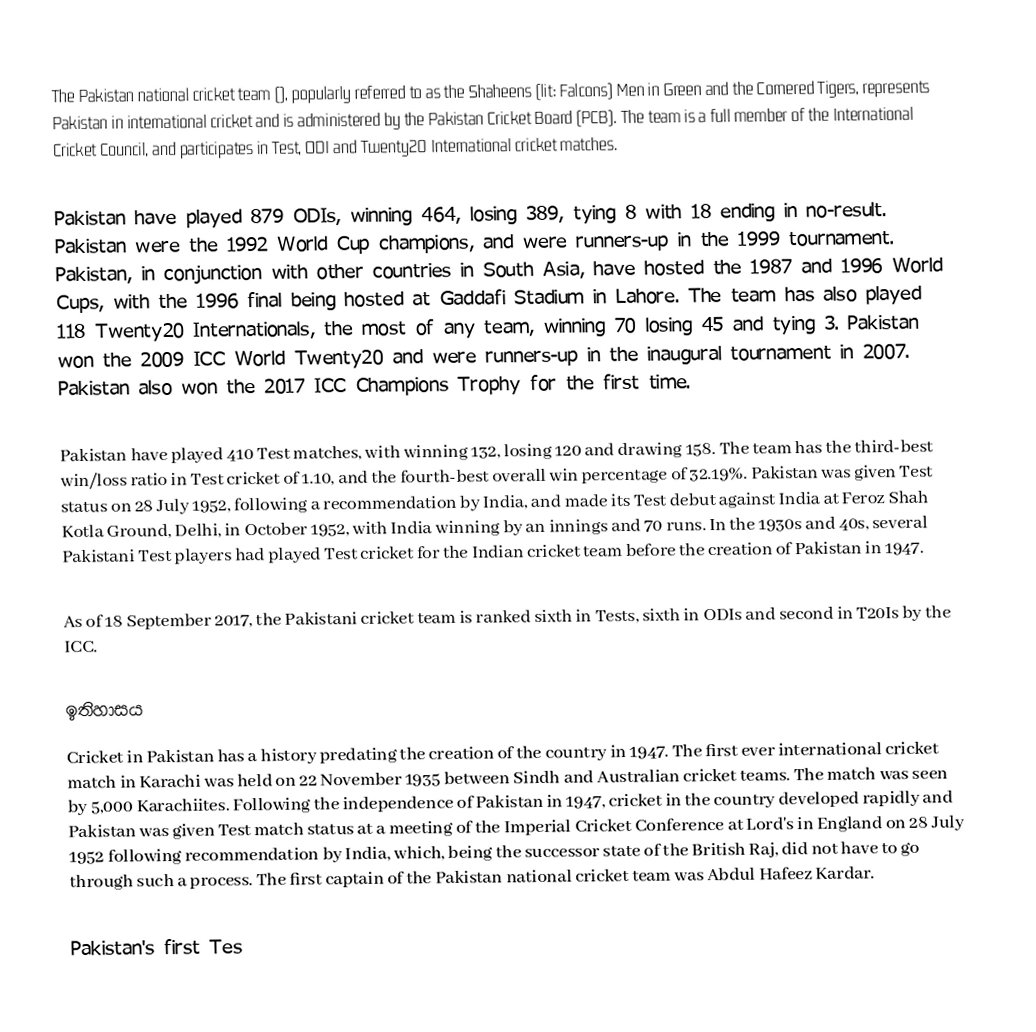
The Pakistan national cricket team (), popularly referred to as the Shaheens (lit: Falcons) Men in Green and the Cornered Tigers, represents Pakistan in international cricket and is administered by the Pakistan Cricket Board (PCB). The team is a full member of the International Cricket Council, and participates in Test, ODI and Twenty20 International cricket matches.

Pakistan have played 879 ODIs, winning 464, losing 389, tying 8 with 18 ending in no-result. Pakistan were the 1992 World Cup champions, and were runners-up in the 1999 tournament. Pakistan, in conjunction with other countries in South Asia, have hosted the 1987 and 1996 World Cups, with the 1996 final being hosted at Gaddafi Stadium in Lahore. The team has also played 118 Twenty20 Internationals, the most of any team, winning 70 losing 45 and tying 3. Pakistan won the 2009 ICC World Twenty20 and were runners-up in the inaugural tournament in 2007. Pakistan also won the 2017 ICC Champions Trophy for the first time.

Pakistan have played 410 Test matches, with winning 132, losing 120 and drawing 158. The team has the third-best win/loss ratio in Test cricket of 1.10, and the fourth-best overall win percentage of 32.19%. Pakistan was given Test status on 28 July 1952, following a recommendation by India, and made its Test debut against India at Feroz Shah Kotla Ground, Delhi, in October 1952, with India winning by an innings and 70 runs. In the 1930s and 40s, several Pakistani Test players had played Test cricket for the Indian cricket team before the creation of Pakistan in 1947.

As of 18 September 2017, the Pakistani cricket team is ranked sixth in Tests, sixth in ODIs and second in T20Is by the ICC.

ඉතිහාසය
Cricket in Pakistan has a history predating the creation of the country in 1947. The first ever international cricket match in Karachi was held on 22 November 1935 between Sindh and Australian cricket teams. The match was seen by 5,000 Karachiites. Following the independence of Pakistan in 1947, cricket in the country developed rapidly and Pakistan was given Test match status at a meeting of the Imperial Cricket Conference at Lord's in England on 28 July 1952 following recommendation by India, which, being the successor state of the British Raj, did not have to go through such a process. The first captain of the Pakistan national cricket team was Abdul Hafeez Kardar.

Pakistan's first Tes